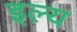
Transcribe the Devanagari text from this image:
इल्य